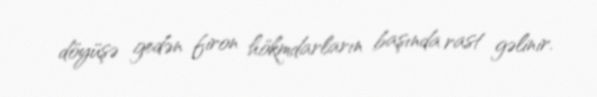
döyüşə gedən firon hökmdarların başında rast gəlinir.